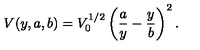
V ( y , a , b ) = V _ { 0 } ^ { 1 / 2 } \left( \frac { a } { y } - \frac { y } { b } \right) ^ { 2 } .